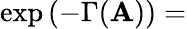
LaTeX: \exp\left(-\Gamma(\mathbf{A})\right)=